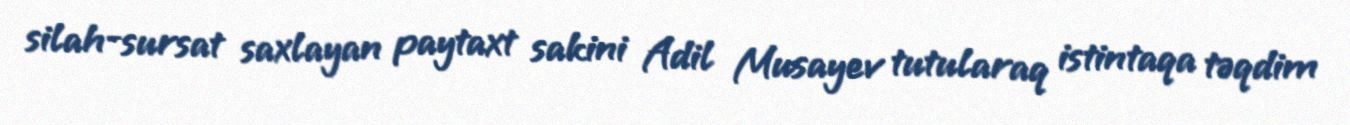
silah-sursat saxlayan paytaxt sakini Adil Musayev tutularaq istintaqa təqdim